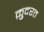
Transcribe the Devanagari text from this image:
क़़ुदरत